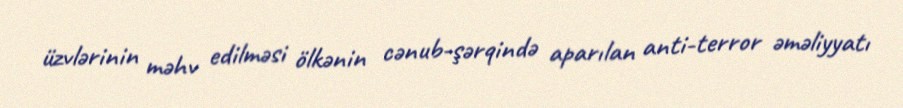
üzvlərinin məhv edilməsi ölkənin cənub-şərqində aparılan anti-terror əməliyyatı